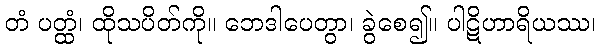
တံ ပတ္ထံ၊ ထိုသပိတ်ကို။ ဘေဒါပေတွာ၊ ခွဲစေ၍။ ပါဋိဟာရိယဿ၊